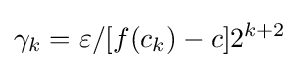
\gamma _{k}=\varepsilon /[f(c_{k})-c]2^{k+2}